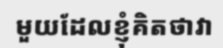
មួយដែលខ្ញុំគិតថាវា